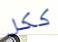
ككل